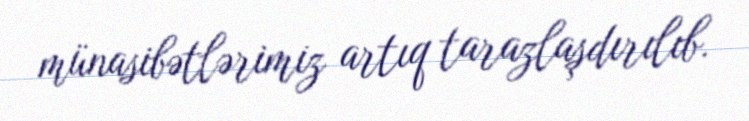
münasibətlərimiz artıq tarazlaşdırılıb.